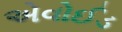
એવોઈડ